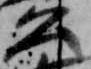
公